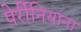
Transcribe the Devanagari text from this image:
पेर्रीनियाना